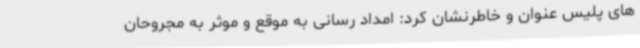
های پلیس عنوان و خاطرنشان کرد: امداد رسانی به موقع و موثر به مجروحان